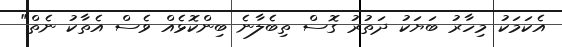
އެކަމަކު މިހާރު ބަޔަކު ދަތުރު ގޮސް ތިބެލާނެ ބިންކޮޅެއް ވެސް އެތާކު ނެތް"